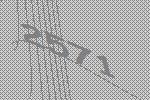
2571